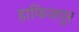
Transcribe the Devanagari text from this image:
हाफिजपुर